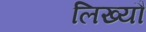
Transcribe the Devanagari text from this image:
लिख्यौ